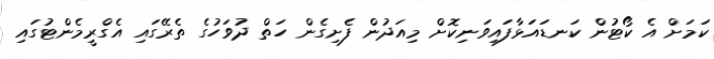
ކަމަށް އެ ކޯޓުން ކަނޑައަޅާފައިވަނިކޮށް މިއަދުން ފެށިގެން ހަތް ދުވަހުގެ ތެރޭގައި އެގްރީމެންޓުގައި